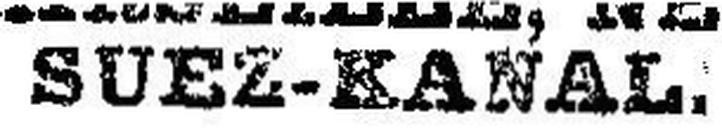
SUEZ-KANAL.